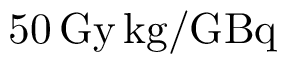
5 0 \, \mathrm { G y } \, \mathrm { k g } / \mathrm { G B q }